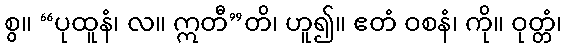
စွ။ “ပုထူနံ၊ လ။ ဣတီ”တိ၊ ဟူ၍။ ဧတံ ဝစနံ၊ ကို။ ဝုတ္တံ၊